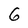
Character: 6